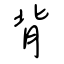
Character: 背